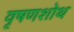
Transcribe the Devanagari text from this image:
वृषणशोथ